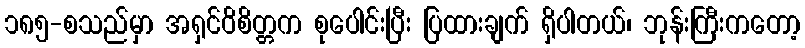
၁၈၅-စသည်မှာ အရှင်ဝိစိတ္တက စုပေါင်းပြီး ပြထားချက် ရှိပါတယ်၊ ဘုန်းကြီးကတော့